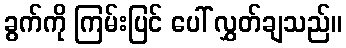
ခွက်ကို ကြမ်းပြင် ပေါ် လွှတ်ချသည်။